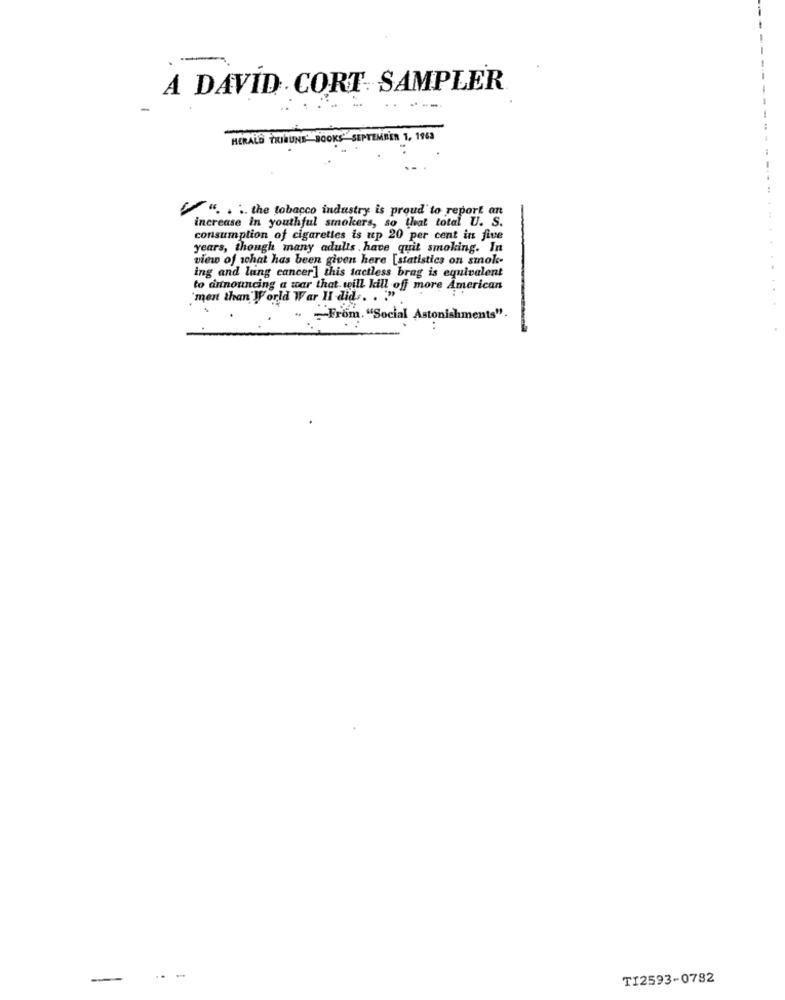
A DAVID CORT SAMPLER
HERALD TRIBUNE" BOOKS" SEPTEMBER 1, 1963
"". . .. the tobacco industry is proud to report an
increase in youthful smokers, so that total U. S.
consumption of cigarettes is up 20 per cent in five
years, though many adults . have quit smoking. In
view of what has been given here [statistics on smoke-
ing and lung cancer] this tactless brag is equivalent
to announcing a war that will kill off more American
"ment than'World War II did .. .
-- From. "Social Astonishments".
-
TI2593-0782